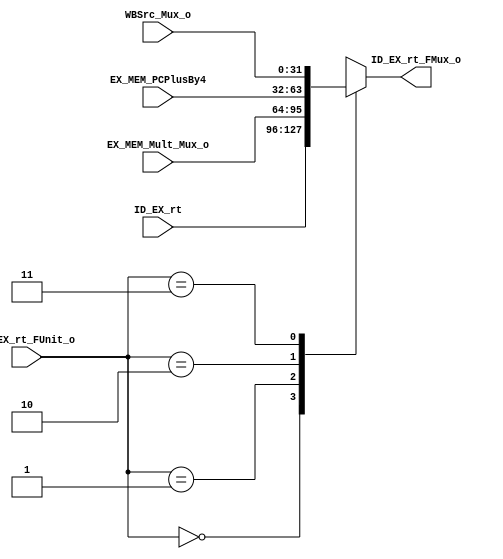
module ID_EX_rt_FMux(ID_EX_rt,EX_MEM_Mult_Mux_o,EX_MEM_PCPlusBy4,WBSrc_Mux_o,
    ID_EX_rt_FUnit_o,
    ID_EX_rt_FMux_o
    );
    
    input[31:0] ID_EX_rt;
    input[31:0] EX_MEM_Mult_Mux_o;
    input[31:0] EX_MEM_PCPlusBy4;
    input[31:0] WBSrc_Mux_o;
    
    input[1:0] ID_EX_rt_FUnit_o;
    
    output[31:0] ID_EX_rt_FMux_o;
    
    reg[31:0] Mux_reg;
    
    assign ID_EX_rt_FMux_o=Mux_reg;
    initial
      Mux_reg<=0;
    always@(ID_EX_rt or EX_MEM_Mult_Mux_o or EX_MEM_PCPlusBy4 or WBSrc_Mux_o or ID_EX_rt_FUnit_o)
      case(ID_EX_rt_FUnit_o)
        0:Mux_reg<=ID_EX_rt;
        1:Mux_reg<=EX_MEM_Mult_Mux_o;
        2:Mux_reg<=EX_MEM_PCPlusBy4;
        3:Mux_reg<=WBSrc_Mux_o;
      endcase
      
        
    
    
    
    
      
endmodule